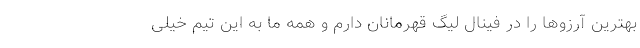
بهترین آرزوها را در فینال لیگ قهرمانان دارم و همه ما به این تیم خیلی